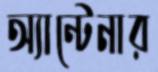
অ্যান্টেনার